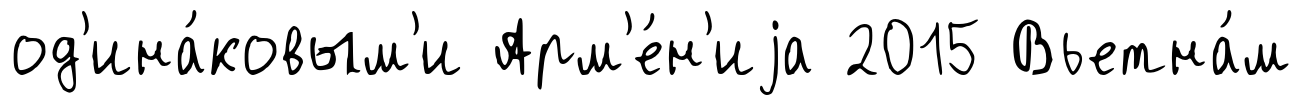
од'ина́ковым'и Арм'е́н'иjа 2015 Вьетна́м